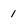
Character: 1